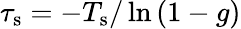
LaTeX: \tau_{\mathrm{s}}=-T_{\mathrm{s}}/\ln{(1-g)}